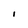
Character: I